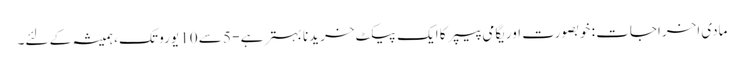
مادی اخراجات : خوبصورت اوریگامی پیپر کا ایک پیکٹ خریدنا بہتر ہے - 5 سے 10 یورو تک ، ہمیشہ کے لئے۔